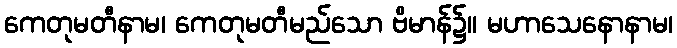
ကေတုမတီနာမ၊ ကေတုမတီမည်သော ဗိမာန်၌။ မဟာသေနောနာမ၊